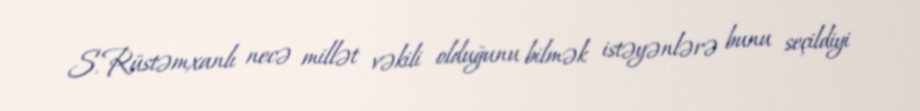
S.Rüstəmxanlı necə millət vəkili olduğunu bilmək istəyənlərə bunu seçildiyi